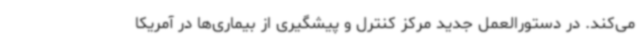
می‌کند. در دستورالعمل جدید مرکز کنترل و پیشگیری از بیماری‌ها در آمریکا